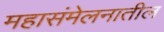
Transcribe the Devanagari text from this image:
महासंमेलनातील